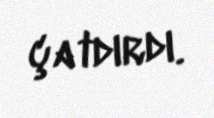
çatdırdı.